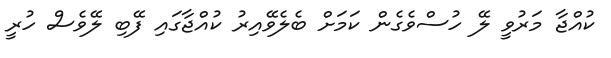
ކުއްޖާ މަރުވީ ލޭ ހުސްވެގެން ކަމަށް ބެލެވޭއިރު ކުއްޖާގައި ފޭބި ލޭވެސް ހުރީ